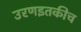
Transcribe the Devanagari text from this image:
उरणइतकीच